Lunatic asylums United Provinces 1909-1921 - 1909-1921
Year: 1909
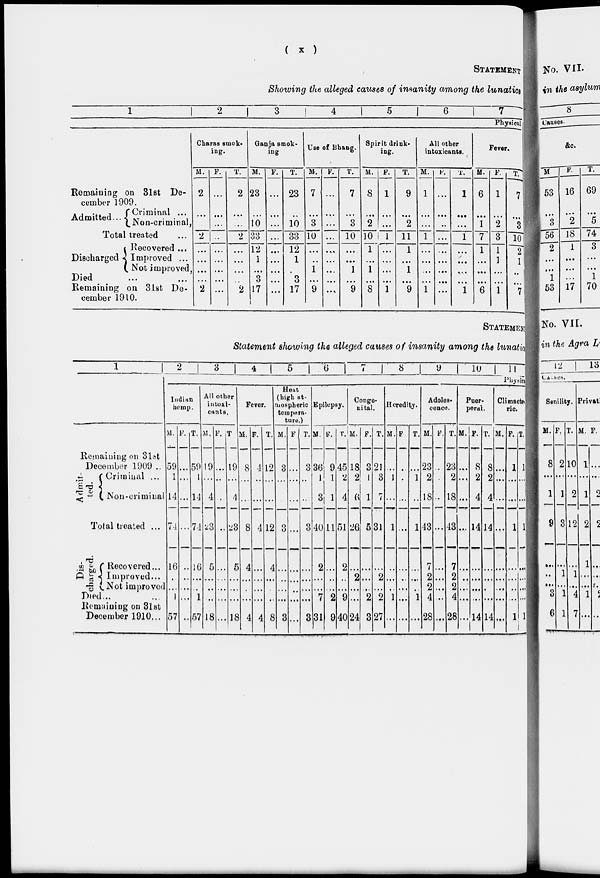
( x )
STATEMENT
Showing the alleged causes of insanity among the lunatics
1
2
3
4
5
6
7
Physical
Remaining on 31st De-
cember 1909.
Admitted... Criminal ...
Non-criminal,
Total treated ...
Discharged
Recovered ...
Improved ...
Not improved ,
Died ... ...
Remaining on 31st De-
cember 1910.
Charas smok-
ing.
M.
2
...
2
...
...
...
...
2
F.
...
...
...
...
...
...
...
...
...
T.
2
...
...
2
...
...
...
...
2
Ganja smok-
ing
M.
23
...
10
33
12
1
...
3
17
F.
...
...
...
...
...
...
...
...
...
T.
23
...
10
33
12
1
3
17
Use of Bhang.
M.
7
...
3
10
...
...
1
...
9
F.
...
...
...
...
...
...
...
...
...
T.
7
...
3
10
...
...
1
...
9
Spirit drink-
ing.
M.
8
...
2
10
1
...
1
...
8
F.
1
...
...
1
...
...
...
...
1
T.
9
...
2
11
1
...
1
...
9
All other
intoxicants.
M.
1
...
...
1
...
...
...
...
1
1
...
...
...
...
...
...
...
...
...
T.
1
...
...
1
...
...
...
...
1
Fever.
M.
6
...
1
7
1
...
...
...
6
F.
1
...
2
3
1
1
...
...
1
T.
7
...
3
10
2
1
...
...
7
STATEMENT
Statement showing the alleged causes of insanity among the lunatic
1
Remaining on 31st
December 1909 ..
Admit-
ted.
Criminal ...
Non -criminal
Total treated ...
Dis-
charged.
Recovered...
Improved...
Not improved
Died ... ...
Remaining on 31st
December 1910 ...
2
3
4
5
6
7
8
9
10
11
Physic
Indian
hemp.
M.
59
1
14
74
16
...
...
1
57
F.
...
...
...
...
...
...
...
...
...
T.
59
1
14
74
16
...
...
1
57
All other
intoxi-
cants.
M.
19
...
4
23
5
...
...
...
18
F.
...
...
...
...
...
...
...
...
...
T.
19
...
...
23
5
...
...
...
18
Fever.
M.
8
...
...
8
4
...
...
...
4
F.
4
...
...
4
...
...
...
...
4
T.
12
...
...
12
4
...
...
...
8
Heat
(high at-
mospheric
tempera-
ture.)
M.
3
...
...
3
...
...
...
...
3
F.
...
...
...
...
...
...
...
...
...
T.
3
...
...
3
...
...
...
...
3
Epilepsy.
M.
36
1
3
40
2
...
...
7
31
T.
9
1
1
11
...
...
...
2
9
T.
45
2
4
51
2
...
...
9
40
Conge-
nital.
M.
18
2
6
26
...
2
...
...
24
F.
3
1
1
5
...
...
...
2
3
T.
21
3
7
31
...
2
...
2
27
Heredity.
M.
...
1
...
1
...
...
...
1
...
F.
...
...
...
...
...
...
...
...
...
T.
...
1
...
1
...
...
...
1
...
Adoles-
cence.
M.
23
2
18
43
7
2
2
4
28
F.
...
...
...
...
...
...
...
...
T.
23
2
18
43
7
2
2
4
28
Puer-
peral.
M.
...
...
...
...
...
...
...
...
...
F.
8
2
4
14
...
...
...
...
14
T.
8
2
4
14
...
...
...
...
14
Climacte-
ric.
M.
...
...
...
...
...
...
...
...
...
F.
1
...
...
1
...
...
...
...
1
T.
1
...
...
1
...
...
...
...
1